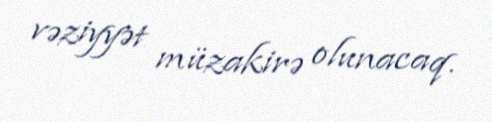
vəziyyət müzakirə olunacaq.